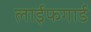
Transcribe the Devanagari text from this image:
लाईफगार्ड